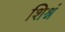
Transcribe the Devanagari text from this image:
शिश्नं